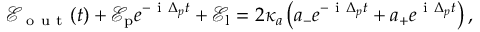
\mathcal { E } _ { \mathrm { ~ o ~ u ~ t ~ } } ( t ) + \mathcal { E } _ { \mathrm { p } } e ^ { - \mathrm { ~ i ~ } \Delta _ { p } t } + \mathcal { E } _ { \mathrm { l } } = 2 \kappa _ { a } \left( a _ { - } e ^ { - \mathrm { ~ i ~ } \Delta _ { p } t } + a _ { + } e ^ { \mathrm { ~ i ~ } \Delta _ { p } t } \right) ,